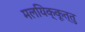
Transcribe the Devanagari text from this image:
मलयिक्कूत्तु